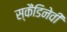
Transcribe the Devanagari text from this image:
स्कैंडिनेवी